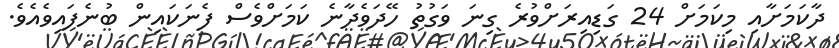
ދާކަމަށާއި މިކަމަށް 24 ގަޑިއިރަށްވުރެ ގިނަ ވަގުތު ހޭދަވެދާނެ ކަމަށްވެސް ފެނަކައިން ބުނެފައިވެއެވެ.